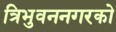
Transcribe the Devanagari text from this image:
त्रिभुवननगरको